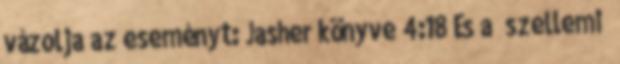
vázolja az eseményt: Jasher könyve 4:18 És a szellemi